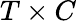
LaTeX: T\times C